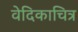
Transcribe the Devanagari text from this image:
वेदिकाचित्र